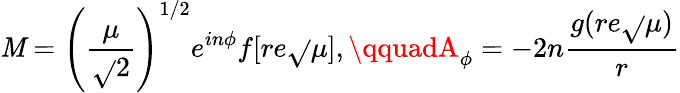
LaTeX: \mathit{M}=\left(\frac{{\mu}}{{\sqrt{}{{2}}}}\right)^{1/2}e^{in\phi}f[re\sqrt{}{{\mu}}],\qquadA_{\phi}=-2n\frac{{g(re\sqrt{}{{\mu}})}}{{r}}